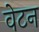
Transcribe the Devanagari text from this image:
वेटन